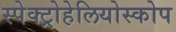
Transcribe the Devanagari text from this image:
स्पेक्ट्रोहेलियोस्कोप